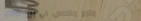
متجر متخصص في بيع الأثاث